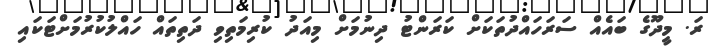
ރަ. މީދޫގެ ބައެއް ސަރަހައްދުތަކަށް ކަރަންޓު ދިނުމަށް މިއަދު ކުރިމަތިވި ދަތިތައް ހައްލުކުރުމަށްޓަަކައި